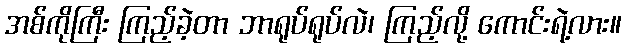
အစ်ကိုကြီး ကြည့်ခဲ့တာ ဘာရုပ်ရုပ်လဲ၊ ကြည့်လို့ ကောင်းရဲ့လား။